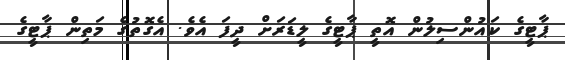
ޕާޓީގެ ކައުންސިލުން އޮތީ ޕާޓީގެ ލީޑަރަށް ދީފަ އެވެ. އެގޮތުގެ މަތިން ޕާޓީގެ